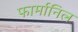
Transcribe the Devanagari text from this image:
फार्मानिल